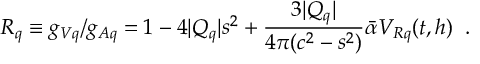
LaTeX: R _ { q } \equiv g _ { V q } / g _ { A q } = 1 - 4 | Q _ { q } | s ^ { 2 } + \frac { 3 | Q _ { q } | } { 4 \pi ( c ^ { 2 } - s ^ { 2 } ) } \bar { \alpha } V _ { R q } ( t , h ) \; \; .